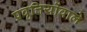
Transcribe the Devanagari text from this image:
प्रवृत्तियोंवाले